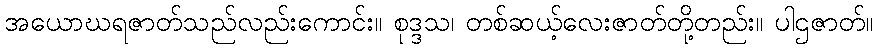
အယောဃရဇာတ်သည်လည်းကောင်း။ စုဒ္ဒသ၊ တစ်ဆယ့်လေးဇာတ်တို့တည်း။ ပါဌဇာတ်။